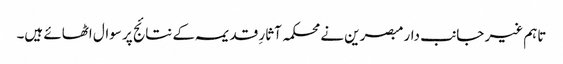
تاہم غیر جانب دار مبصرین نے محکمہ آثارِ قدیمہ کے نتائج پر سوال اٹھائے ہیں۔